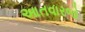
આતવારજો